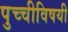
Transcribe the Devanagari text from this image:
पुच्चीविषयी